Manual of the Civil Veterinary Department, Central Provinces and Berar
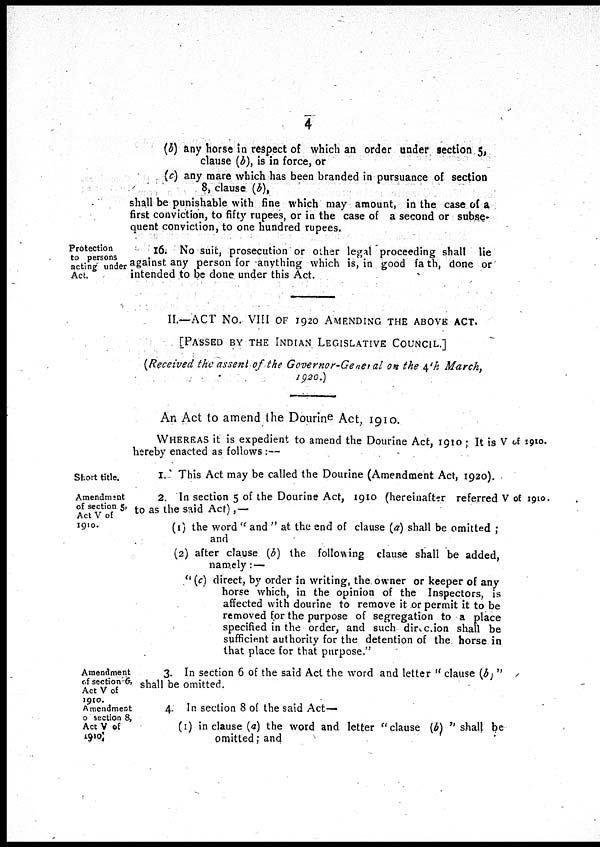
4
(b) any horse in respect of which an order under section 5,
clause (b), is in force, or
(c) any mare which has been branded in pursuance of section
8, clause (b),
shall be punishable with fine which may amount, in the case of a
first conviction, to fifty rupees, or in the case of a second or subse-
quent conviction, to one hundred rupees.
Protection
to persons
acting under
Act.
16. No suit, prosecution or other legal proceeding shall lie
against any person for anything which is, in good fa th, done or
intended to be done under this Act.
II.—ACT No. VIII OF 1920 AMEDING THE ABOVE ACT.
[PASSED BY THE INDIAN LEGISLATIVE COUNCIL.]
(Received the assent of the Governor-General on the 4th March,
1920.)
An Act to amend the Dourine Act, 1910.
V of 1910.
WHEREAS it is expedient to amend the Dourine Act, 1910 ; It is
hereby enacted as follows :—
Short title.
1. This Act may be called the Dourine (Amendment Act, 1920).
Amendment
of section 5,
Act V of
1910.
V of 1910.
2. In section 5 of the Dourine Act, 1910 (hereinafter referred
to as the said Act),—
(1) the word " and " at the end of clause (a) shall be omitted ;
and
(2) after clause (b) the following clause shall be added,
namely : —
"(c) direct, by order in writing, the owner or keeper of any
horse which, in the opinion of the Inspectors, is
affected with dourine to remove it or permit it to be
removed for the purpose of segregation to a place
specified in the order, and such direction shall be
sufficient authority for the detention of the horse in
that place for that purpose."
Amendment
of section 6,
Act V of
1910.
3. In section 6 of the said Act the word and letter "clause (b)"
shall be omitted.
Amendment
of section 8,
Act V of
4. In. section 8 of the said Act—
(1) in clause (a) the word and letter "clause (b) " shall be
omitted; and